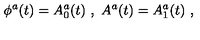
\phi ^ { a } ( t ) = A _ { 0 } ^ { a } ( t ) \ , \ A ^ { a } ( t ) = A _ { 1 } ^ { a } ( t ) \ ,